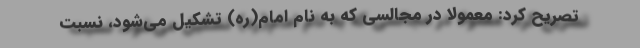
تصریح کرد: معمولا در مجالسی که به نام امام(ره) تشکیل می‌شود، نسبت